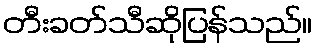
တီးခတ်သီဆိုပြန်သည်။